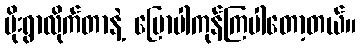
မိုးရွာလိုက်တာနဲ့ မြောပါကုန်ကြပါတော့တယ်။